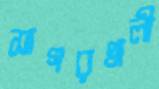
সাগরখালী